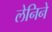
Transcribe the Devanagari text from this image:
लेनिने